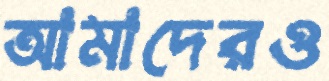
আমাদেরও